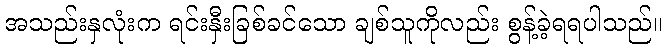
အသည်းနှလုံးက ရင်းနှီးခြစ်ခင်သော ချစ်သူကိုလည်း စွန့်ခဲ့ရရပါသည်။